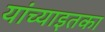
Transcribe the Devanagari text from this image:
यांच्याइतका